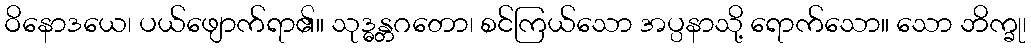
ဝိနောဒယေ၊ ပယ်ဖျောက်ရာ၏။ သုဒ္ဓန္တဂတော၊ စင်ကြယ်သော အပ္ပနာသို့ ရောက်သော။ သော ဘိက္ခု၊